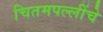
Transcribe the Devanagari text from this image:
चितमपल्लींचे